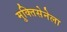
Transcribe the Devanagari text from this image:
मुक्तिसेनेला